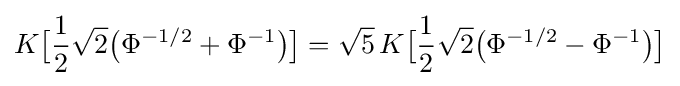
K{\bigl [}{\frac {1}{2}}{\sqrt {2}}{\bigl (}\Phi ^{-1/2}+\Phi ^{-1}{\bigr )}{\bigr ]}={\sqrt {5}}\,K{\bigl [}{\frac {1}{2}}{\sqrt {2}}{\bigl (}\Phi ^{-1/2}-\Phi ^{-1}{\bigr )}{\bigr ]}